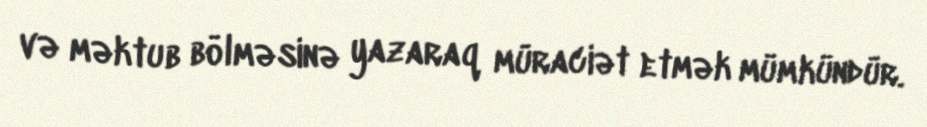
və məktub bölməsinə yazaraq müraciət etmək mümkündür.